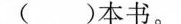
( )本书。